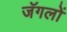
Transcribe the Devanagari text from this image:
जॅगलों